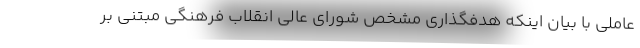
عاملی با بیان اینکه هدفگذاری مشخص شورای عالی انقلاب فرهنگی مبتنی بر